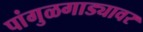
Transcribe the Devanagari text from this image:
पांगुळगाड्यावर